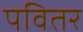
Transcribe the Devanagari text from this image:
पवितर